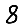
Digit: 8